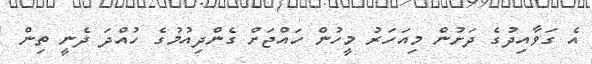
އެ ގަވާއިދުގެ ދަށުން މިއަހަރު މީހުން ހައްޖަށް ގެންދިއުމުގެ ހުއްދަ ދެނީ ތިން